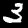
Label: 3